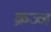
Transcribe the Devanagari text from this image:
क्रज्ज